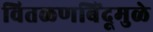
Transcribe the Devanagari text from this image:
वितळणबिंदूमुळे